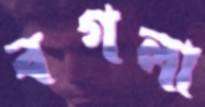
বগলা